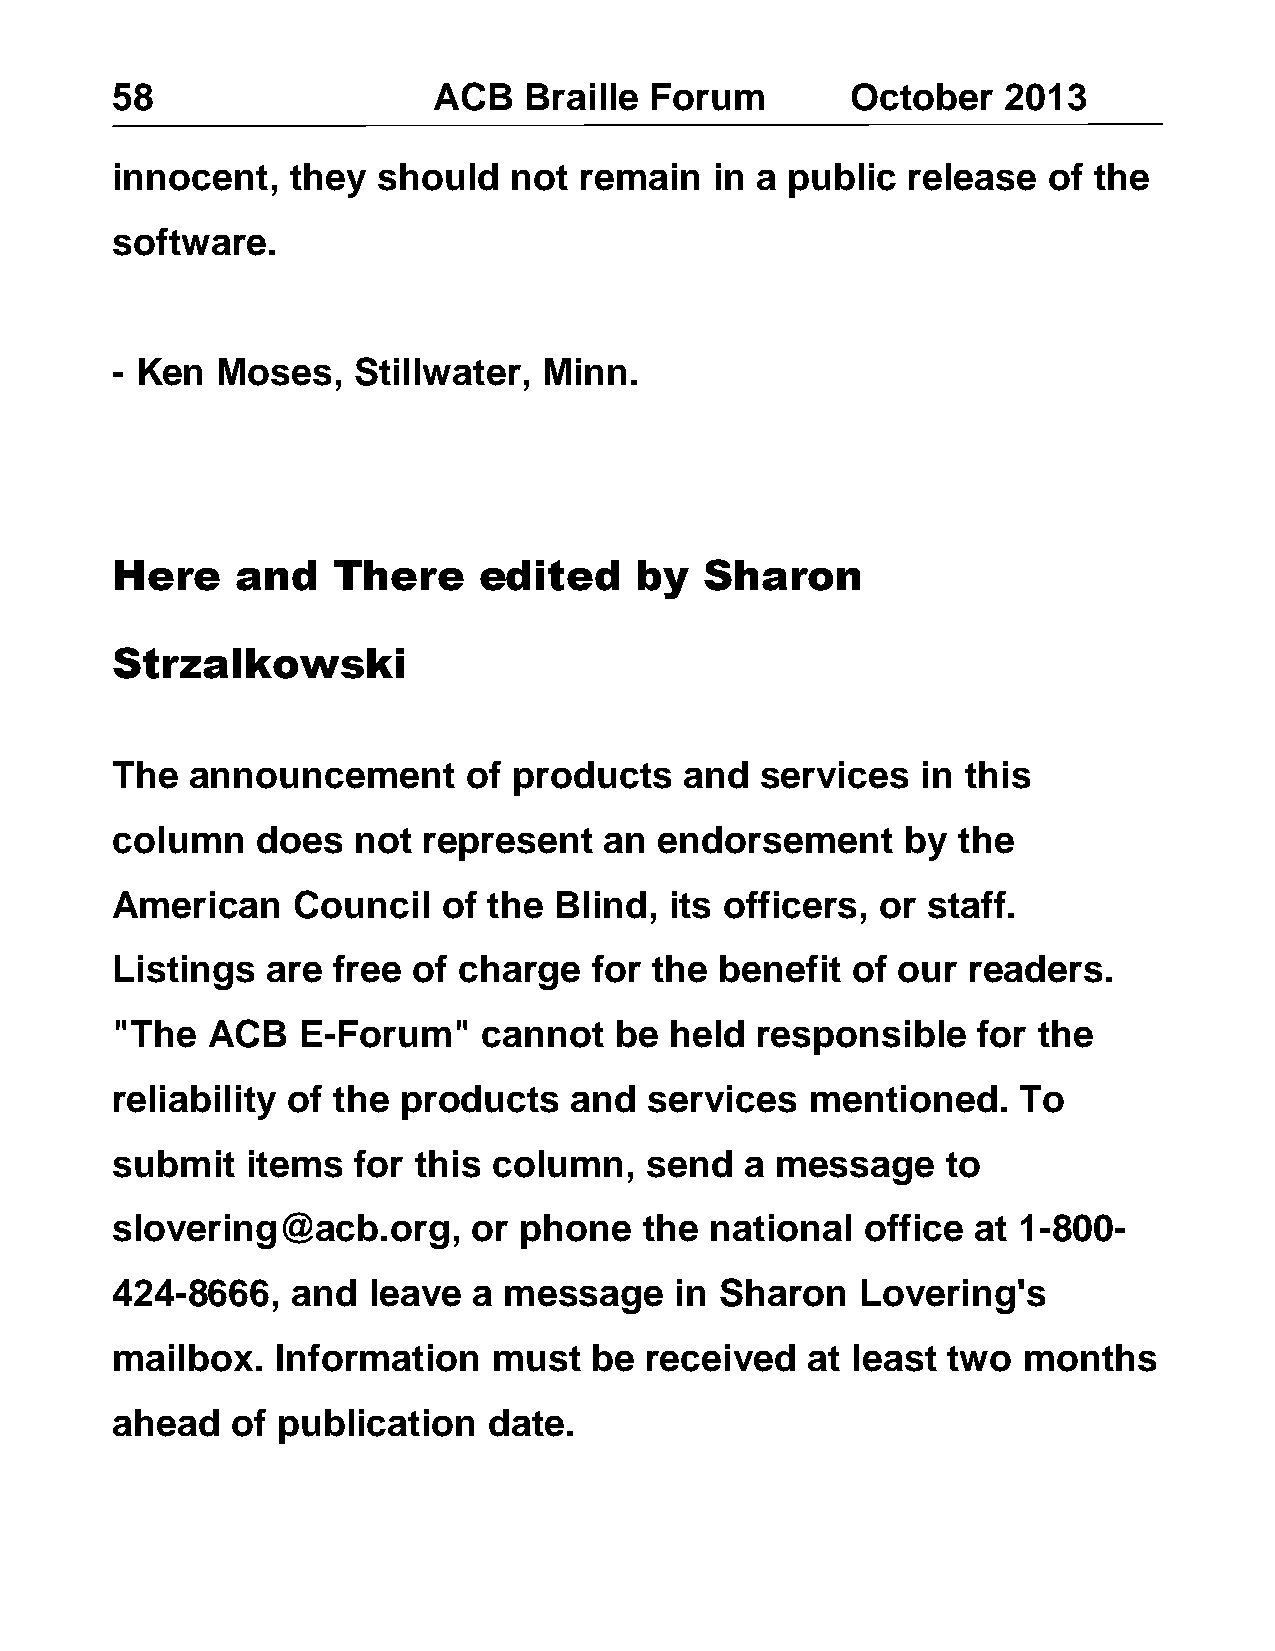
58                    ACB   Braille Forum        October   2013
 innocent,   they  should   not remain   in a public  release  of the
 software.
 - Ken  Moses,   Stillwater,  Minn.
 Here     and   There     edited    by   Sharon
 Strzalkowski
 The   announcement      of products   and  services   in this
 column    does  not  represent   an  endorsement     by the
 American    Council   of the  Blind, its officers, or staff.
 Listings   are free of charge   for the  benefit of our  readers.
 "The   ACB   E-Forum"    cannot   be held  responsible    for the
 reliability of the products    and  services   mentioned.   To
 submit   items  for this  column,   send  a message     to
 slovering@acb.org,      or phone    the national  office at 1-800-
 424-8666,   and  leave  a message     in Sharon   Lovering's
 mailbox.   Information    must  be  received  at least  two  months
 ahead   of publication   date.